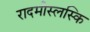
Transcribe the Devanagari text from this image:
रादमीस्लस्कि